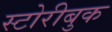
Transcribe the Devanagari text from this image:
स्टोरीबुक